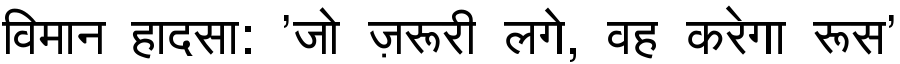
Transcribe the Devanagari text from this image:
विमान हादसा: 'जो ज़रूरी लगे, वह करेगा रूस'